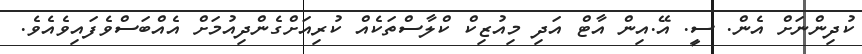
ކުދިންނަށް އެން. ސީ. އޭ.އިން އާޓް އަދި މިއުޒިކް ކްލާސްތަކެއް ކުރިއަށްގެންދިއުމަށް އެއްބަސްވެފައިވެއެވެ.